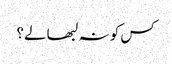
کس کو نہ لبھا لے؟